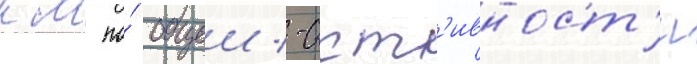
км по́ общеи -акт'ивност'и